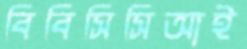
বিবিসিসিআই